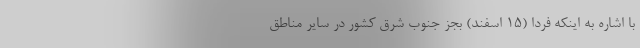
با اشاره به اینکه فردا (۱۵ اسفند) بجز جنوب شرق کشور در سایر مناطق